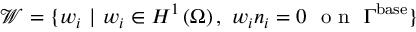
{ \boldsymbol { \mathcal { W } } = \{ w _ { i } \ | \ w _ { i } \in \boldsymbol { H } ^ { 1 } \left( \Omega \right) , \ w _ { i } n _ { i } = 0 \ \mathrm { ~ o ~ n ~ } \ \Gamma ^ { \mathrm { { b a s e } } } } \}